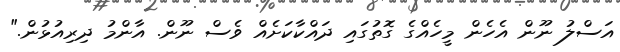
އަސްލު ނޫން އެހެން މީހެއްގެ ގޮތުގައި ދައްކާކަށެއް ވެސް ނޫން. އާންމު ދިރިއުޅުން."